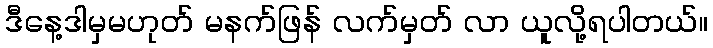
ဒီနေ့ဒါမှမဟုတ် မနက်ဖြန် လက်မှတ် လာ ယူလို့ရပါတယ်။